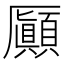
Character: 𠫉